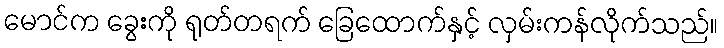
မောင်က ခွေးကို ရုတ်တရက် ခြေထောက်နှင့် လှမ်းကန်လိုက်သည်။